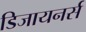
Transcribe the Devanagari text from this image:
डिजायनर्स